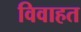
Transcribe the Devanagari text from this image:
विवाहत